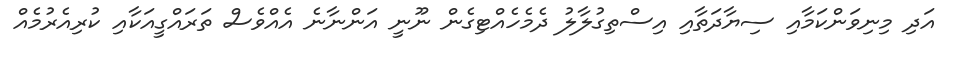
އަދި މިނިވަންކަމާއި ސިޔާދަތާއި އިސްތިގުލާލު ދެމެހެއްޓިގެން ނޫނީ އަންނާނެ އެއްވެސް ތަރައްގީއަކާއި ކުރިއެރުމެއް